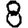
Digit: 8